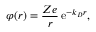
\varphi ( \boldsymbol { r } ) = \frac { Z e } { r } \, \mathrm { e } ^ { - k _ { D } r } ,